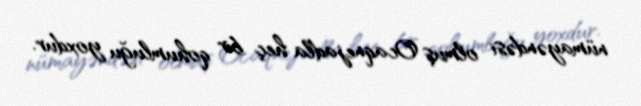
nümayəndəsi olmuş Ocaqnejadla heç bir qohumluğu yoxdur.